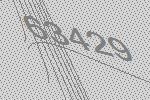
63429